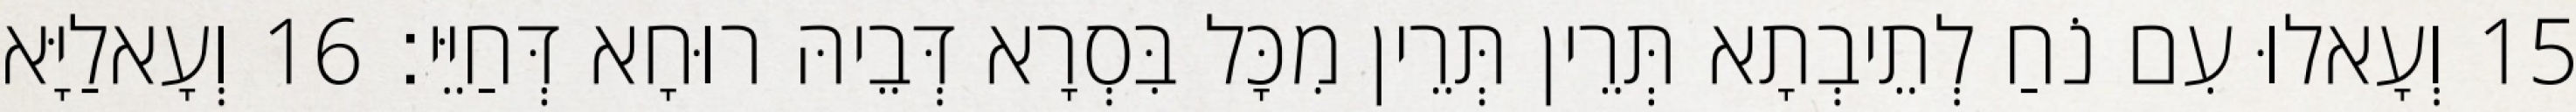
15 וְעָאלוּ עִם נֹחַ לְתֵיבְתָא תְּרֵין תְּרֵין מִכָּל בִּסְרָא דְּבֵיהּ רוּחָא דְּחַיֵּי׃ 16 וְעָאלַיָּא